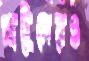
প্লাটুনেরও